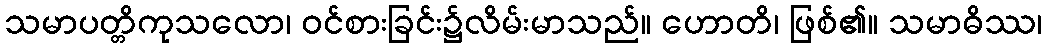
သမာပတ္တိကုသလော၊ ဝင်စားခြင်း၌လိမ်းမာသည်။ ဟောတိ၊ ဖြစ်၏။ သမာဓိဿ၊